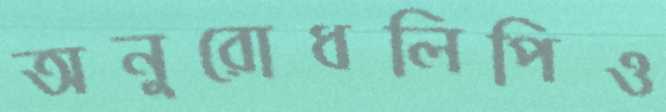
অনুরোধলিপিও